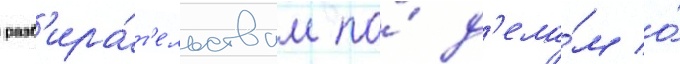
разб'ира́т'ельствам по́ д'ела́м о́